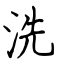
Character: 洗